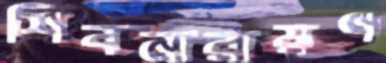
শিবনারায়ণ